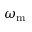
\omega _ { \mathrm { m } }